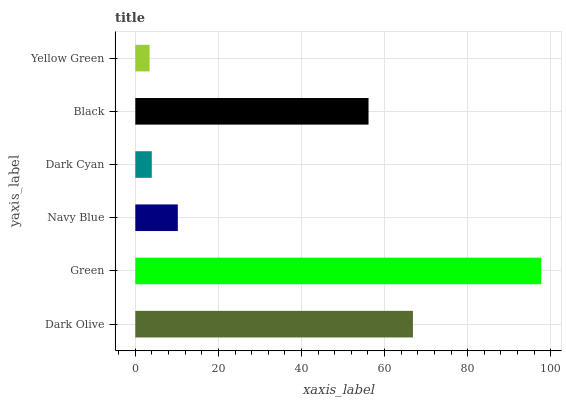
| yaxis_label | bars |
 | --- | --- |
 | Dark Olive | 66.8 |
 | Green | 97.7 |
 | Navy Blue | 10.2 |
 | Dark Cyan | 3.97 |
 | Black | 56.1 |
 | Yellow Green | 3.43 |